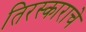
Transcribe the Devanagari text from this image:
तिरस्काराचे